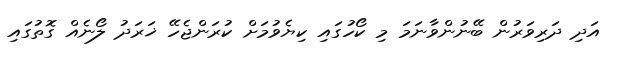
އަދި ދަރިވަރުން ބޭނުންވާނަމަ މި ކޯހުގައި ކިޔެވުމަށް ކުރަންޖެހޭ ޚަރަދު ލޯނެއް ގޮތުގައި